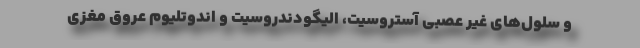
و سلول‌های غیر عصبی آستروسیت، الیگودندروسیت و ‌اندوتلیوم عروق مغزی